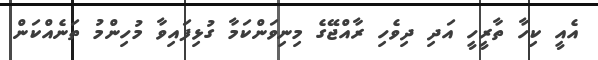
އެއީ ކިހާ ތާރީހީ އަދި ދިވެހި ރާއްޖޭގެ މިނިވަންކަމާ ގުޅިފައިވާ މުހިންމު ތަނެއްކަން